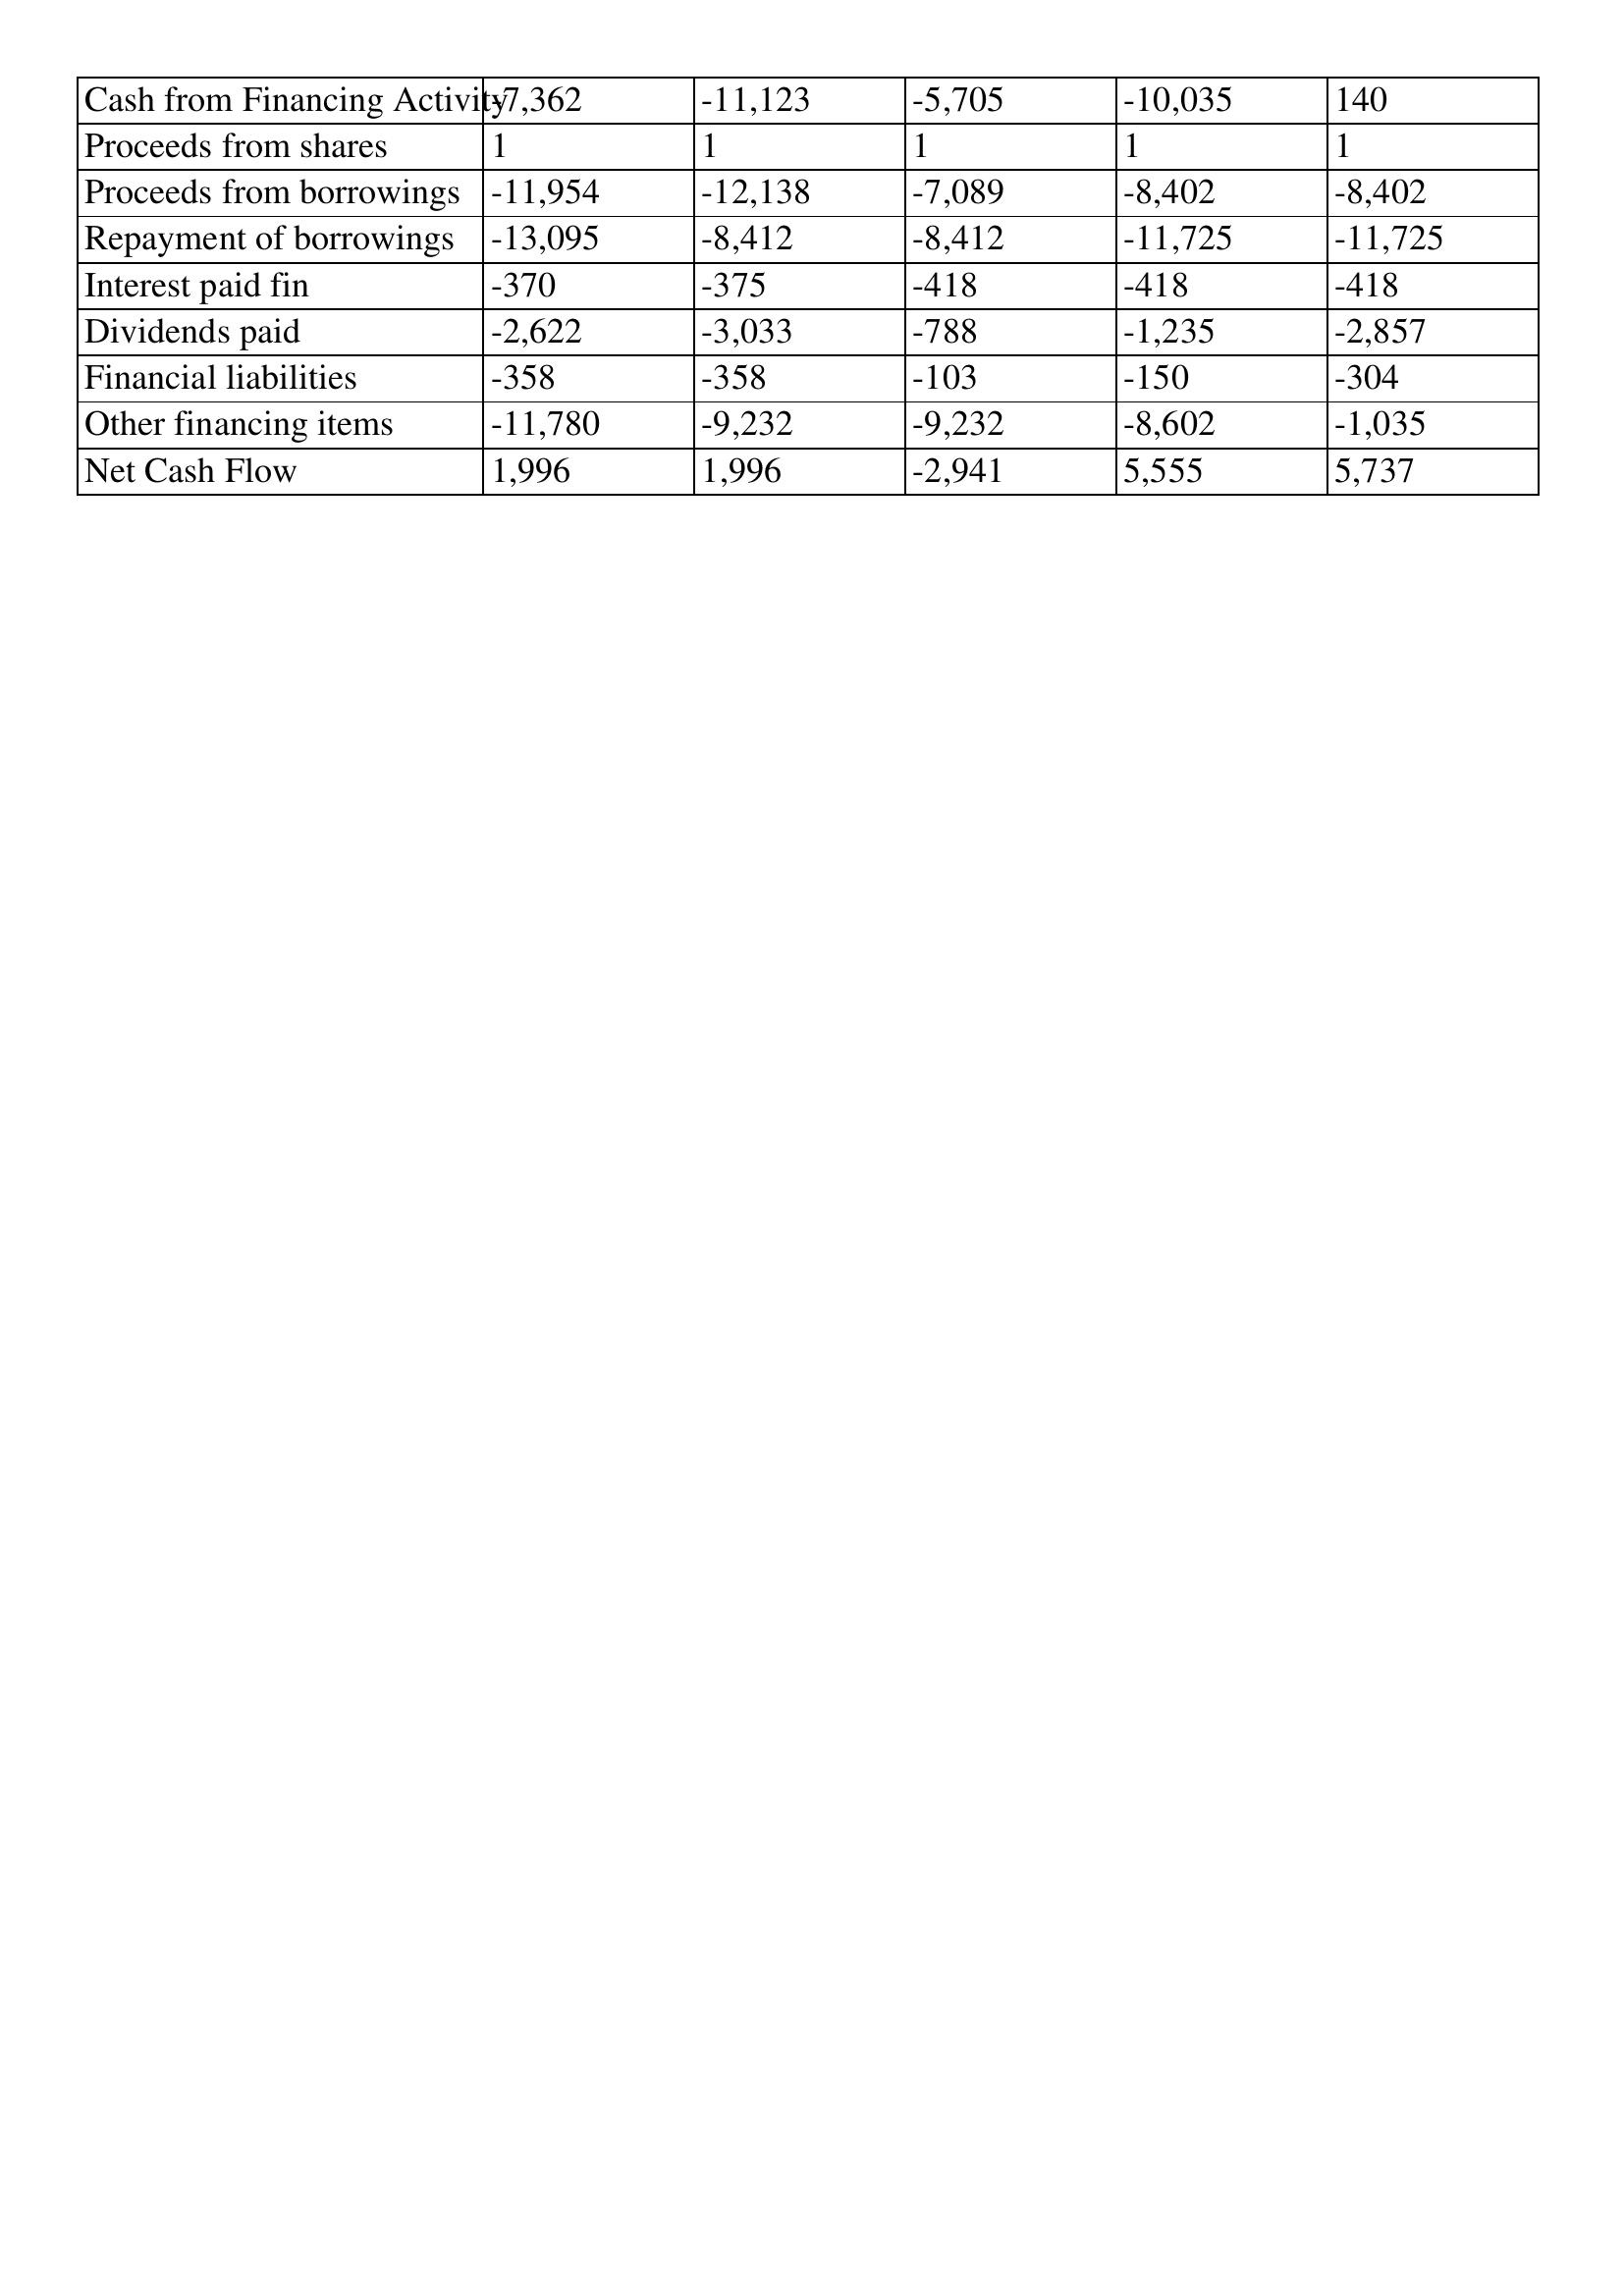
gt_parse: 1996: Cash Flows: Cash from Financing Activity: -7,362
Proceeds from shares: 1
Proceeds from borrowings: -11,954
Repayment of borrowings: -13,095
Interest paid fin: -370
Dividends paid: -2,622
Financial liabilities: -358
Other financing items: -11,780
Net Cash Flow: 1,996
1995: Cash Flows: Cash from Financing Activity: -11,123
Proceeds from shares: 1
Proceeds from borrowings: -12,138
Repayment of borrowings: -8,412
Interest paid fin: -375
Dividends paid: -3,033
Financial liabilities: -358
Other financing items: -9,232
Net Cash Flow: 1,996
1994: Cash Flows: Cash from Financing Activity: -5,705
Proceeds from shares: 1
Proceeds from borrowings: -7,089
Repayment of borrowings: -8,412
Interest paid fin: -418
Dividends paid: -788
Financial liabilities: -103
Other financing items: -9,232
Net Cash Flow: -2,941
1993: Cash Flows: Cash from Financing Activity: -10,035
Proceeds from shares: 1
Proceeds from borrowings: -8,402
Repayment of borrowings: -11,725
Interest paid fin: -418
Dividends paid: -1,235
Financial liabilities: -150
Other financing items: -8,602
Net Cash Flow: 5,555
1992: Cash Flows: Cash from Financing Activity: 140
Proceeds from shares: 1
Proceeds from borrowings: -8,402
Repayment of borrowings: -11,725
Interest paid fin: -418
Dividends paid: -2,857
Financial liabilities: -304
Other financing items: -1,035
Net Cash Flow: 5,737